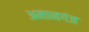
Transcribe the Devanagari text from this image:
अमानगंज